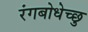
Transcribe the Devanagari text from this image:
रंगबोधेच्छु